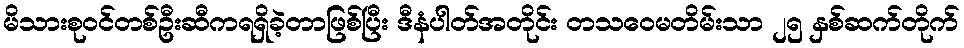
မိသားစုဝင်တစ်ဦးဆီကရရှိခဲ့တာဖြစ်ပြီး ဒီနံပါတ်အတိုင်း တသဝေမတိမ်းသာ ၂၅ နှစ်ဆက်တိုက်